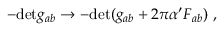
- \mathrm { d e t } g _ { a b } \to - \mathrm { d e t } ( g _ { a b } + 2 \pi \alpha ^ { \prime } F _ { a b } ) \ ,